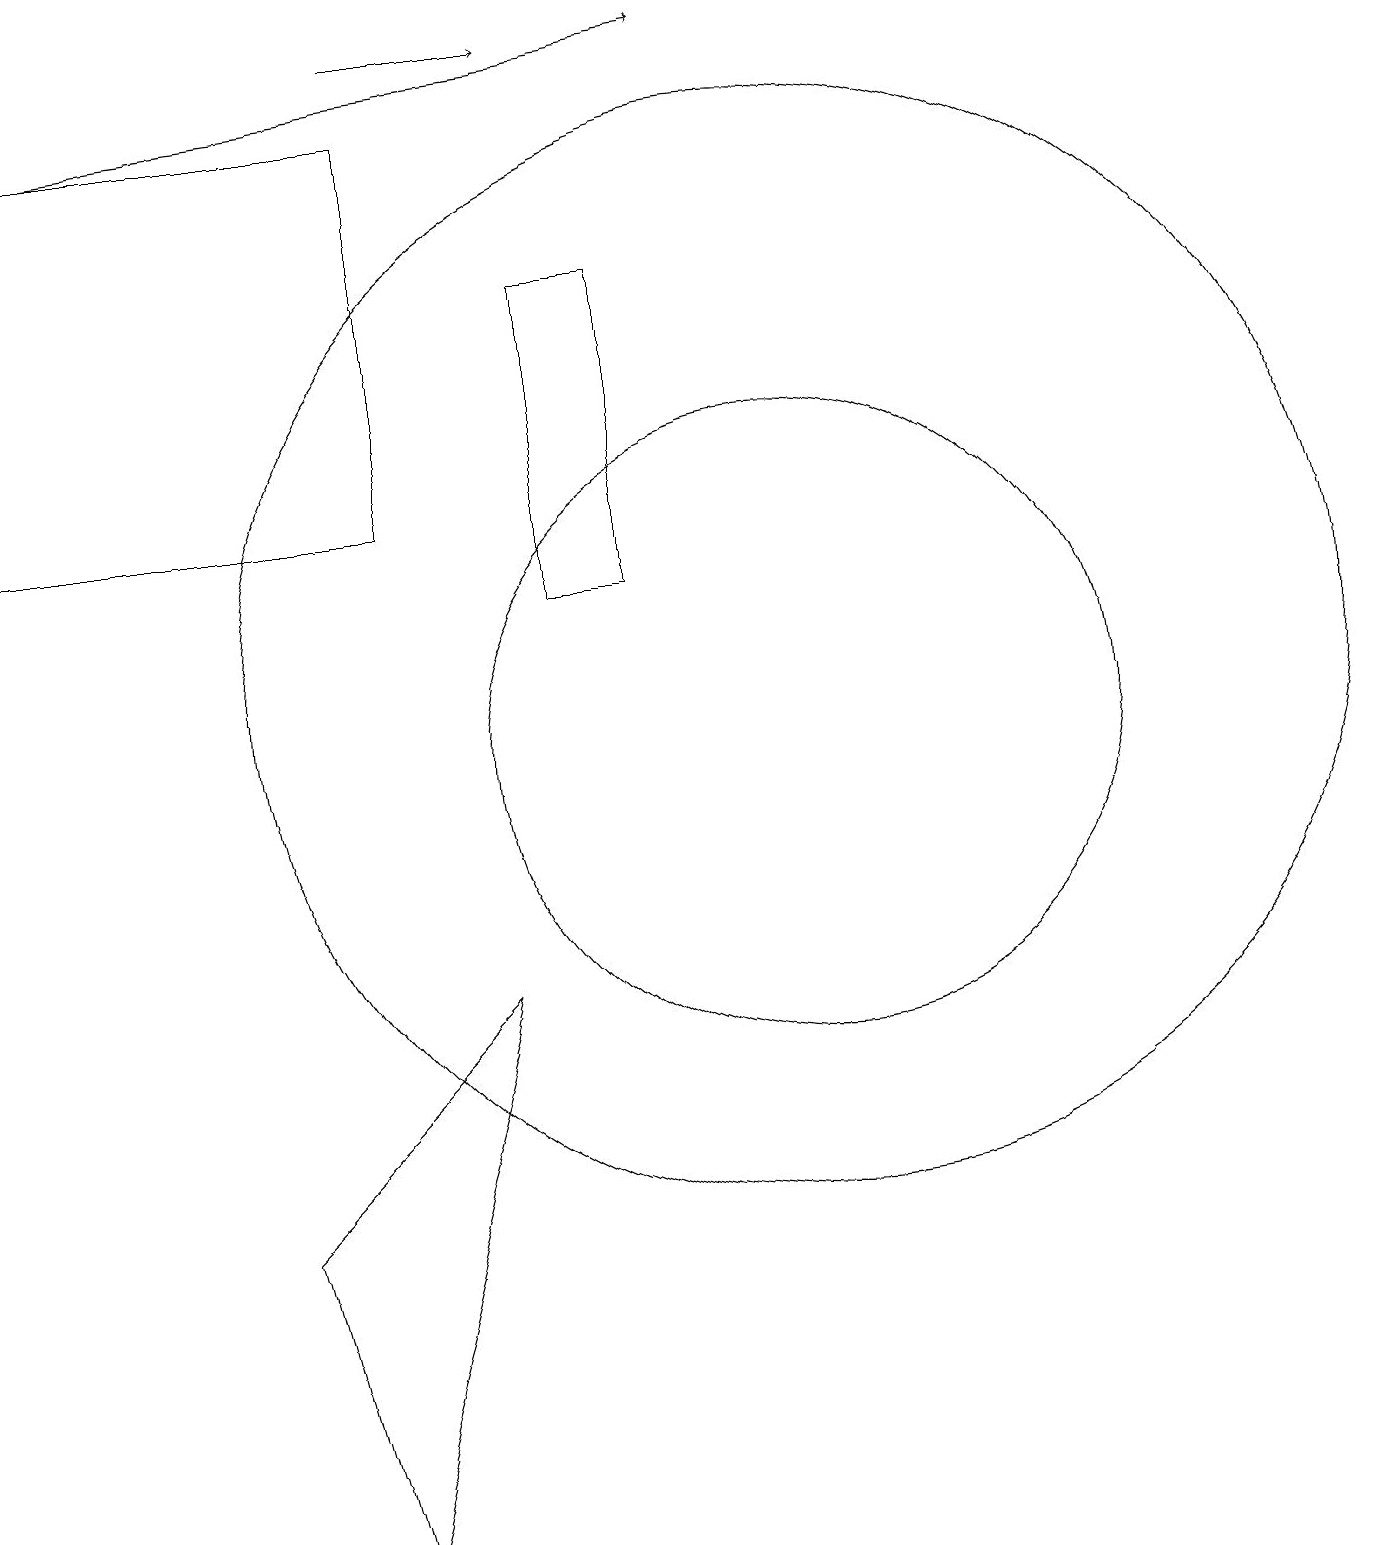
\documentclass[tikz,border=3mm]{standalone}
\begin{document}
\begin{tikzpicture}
\draw (7,12) rectangle (8,16);
\draw[->] (5,19) -- (7,19);
\draw (10,10) circle (4);
\draw (10,11) circle (7);
\draw (5,18) rectangle (0,13);
\draw[->] (1,18) -- (9,19);
\draw (3,4) -- (4,0) -- (6,7) -- cycle;
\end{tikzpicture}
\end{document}